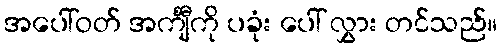
အပေါ်ဝတ် အင်္ကျီကို ပခုံး ပေါ် လွှား တင်သည်။